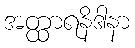
အတ္ထာရနိဒါနာ